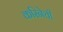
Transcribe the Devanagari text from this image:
करिनेची